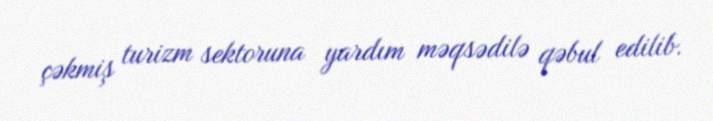
çəkmiş turizm sektoruna yardım məqsədilə qəbul edilib.